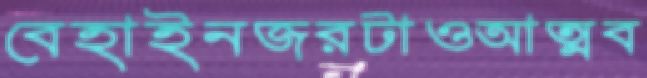
বেহাইনজরটাওআত্মব